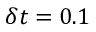
\delta t = 0 . 1